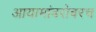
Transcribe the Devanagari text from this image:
आयामांबरोबरच